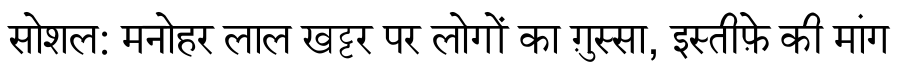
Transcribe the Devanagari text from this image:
सोशल: मनोहर लाल खट्टर पर लोगों का ग़ुस्सा, इस्तीफ़े की मांग